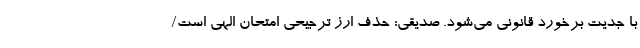
با جدیت برخورد قانونی می‌شود. صدیقی: حذف ارز ترجیحی امتحان الهی است/